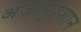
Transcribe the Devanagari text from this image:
अज़ीमुश्शान